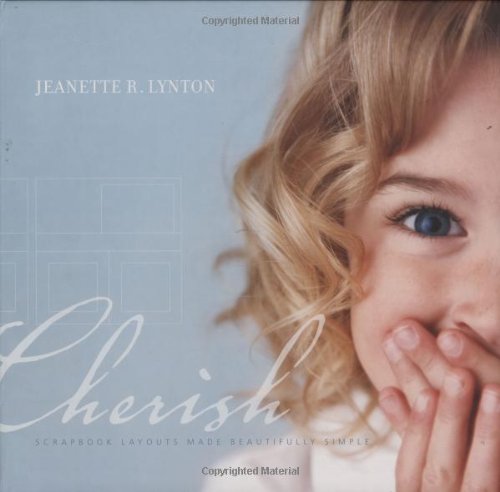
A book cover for Cherish: Scrapbook Layouts Made Beautifully Simple; Jeanette Lynton; Crafts, Hobbies & Home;